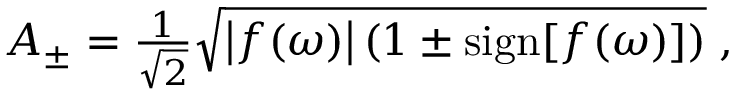
\begin{array} { r } { A _ { \pm } = \frac { 1 } { \sqrt { 2 } } \sqrt { \left| f ( \omega ) \right| \left( 1 \pm \mathrm { s i g n } [ f ( \omega ) ] \right) } \; , } \end{array}